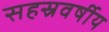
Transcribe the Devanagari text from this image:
सहस्रवर्षीय